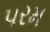
૫રમ